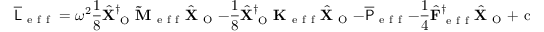
\overline { { \mathsf { L } } } _ { \mathrm { ~ e ~ f ~ f ~ } } = \omega ^ { 2 } \frac { 1 } { 8 } \hat { \mathbf { X } } _ { \mathrm { ~ O ~ } } ^ { \dagger } \mathbf { \widetilde { M } } _ { \mathrm { ~ e ~ f ~ f ~ } } \hat { \mathbf { X } } _ { \mathrm { ~ O ~ } } - \frac { 1 } { 8 } \hat { \mathbf { X } } _ { \mathrm { ~ O ~ } } ^ { \dagger } \mathbf { K } _ { \mathrm { ~ e ~ f ~ f ~ } } \hat { \mathbf { X } } _ { \mathrm { ~ O ~ } } - \overline { { \mathsf { P } } } _ { \mathrm { ~ e ~ f ~ f ~ } } - \frac { 1 } { 4 } \hat { \mathbf { F } } _ { \mathrm { ~ e ~ f ~ f ~ } } ^ { \dagger } \hat { \mathbf { X } } _ { \mathrm { ~ O ~ } } + \mathrm { ~ c ~ . ~ c ~ . ~ } \, .